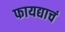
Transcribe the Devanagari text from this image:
फायद्याचं